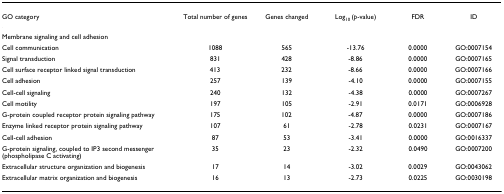
| GO category | Total number of genes | Genes changed | Log10 (p-value) | FDR | ID |
 | --- | --- | --- | --- | --- | --- |
 | Membrane signaling and cell adhesion |  |  |  |  |  |
 | Cell communication | 1088 | 565 | -13.76 | 0.0000 | GO:0007154 |
 | Signal transduction | 831 | 428 | -8.86 | 0.0000 | GO:0007165 |
 | Cell surface receptor linked signal transduction | 413 | 232 | -8.66 | 0.0000 | GO:0007166 |
 | Cell adhesion | 257 | 139 | -4.10 | 0.0000 | GO:0007155 |
 | Cell-cell signaling | 240 | 132 | -4.38 | 0.0000 | GO:0007267 |
 | Cell motility | 197 | 105 | -2.91 | 0.0171 | GO:0006928 |
 | G-protein coupled receptor protein signaling pathway | 175 | 102 | -4.87 | 0.0000 | GO:0007186 |
 | Enzyme linked receptor protein signaling pathway | 107 | 61 | -2.78 | 0.0231 | GO:0007167 |
 | Cell-cell adhesion | 87 | 53 | -3.41 | 0.0000 | GO:0016337 |
 | G-protein signaling, coupled to IP3 second messenger (phospholipase C activating) | 35 | 23 | -2.32 | 0.0490 | GO:0007200 |
 | Extracellular structure organization and biogenesis | 17 | 14 | -3.02 | 0.0029 | GO:0043062 |
 | Extracellular matrix organization and biogenesis | 16 | 13 | -2.73 | 0.0225 | GO:0030198 |